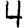
Digit: 4